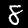
Label: 8